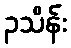
၃သိန်း